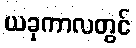
ယခုကာလတွင်